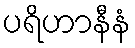
ပရိဟာနီနံ